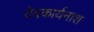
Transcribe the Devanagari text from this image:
देवकार्यनाश